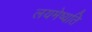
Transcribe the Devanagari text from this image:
लयमेष्यति